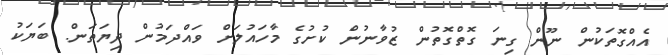
އެއްގޮތަކުން ނޫން ގިނަ ގޮތްގޮތުން ޒުވާނުން ކުށުގެ މާހައުލަށް ވައްދަމުން ދިޔަތަން. ބަޔަކު